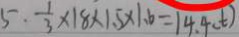
5 . \frac { 1 } { 3 } \times 1 8 \times 1 . 5 \times 1 . 6 = 1 4 . 4 ( t )